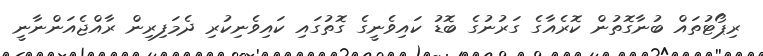
ރިޕޯޓުތައް ބުނާގޮތުން ކޮރެއާގެ ގަރުނުގެ ބޮޑު ކައިވެނީގެ ގޮތުގައި ކައިވެނިކުރި ދެމަފިރިން ރާއްޖެއަންނާނީ